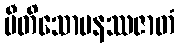
ပီတိသောမနဿဇာတံ